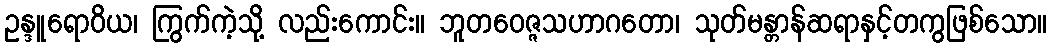
ဥန္ဒူရောဝိယ၊ ကြွက်ကဲ့သို့ လည်းကောင်း။ ဘူတဝေဇ္ဇသဟာဂတော၊ သုတ်မန္တာန်ဆရာနှင့်တကွဖြစ်သော။